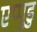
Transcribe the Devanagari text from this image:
एप्पुडु